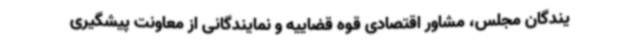
یندگان مجلس، مشاور اقتصادی قوه قضاییه و نمایندگانی از معاونت پیشگیری